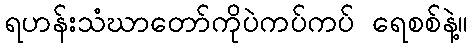
ရဟန်းသံဃာတော်ကိုပဲကပ်ကပ် ရေစစ်နဲ့။